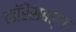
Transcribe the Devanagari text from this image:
लॉरेंसबर्ग